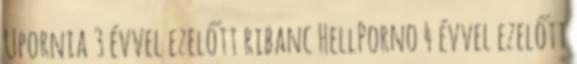
Upornia 3 évvel ezelőtt ribanc HellPorno 4 évvel ezelőtt